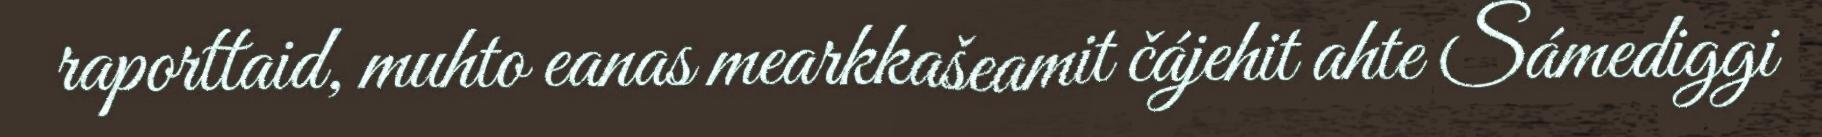
raporttaid, muhto eanas mearkkašeamit čájehit ahte Sámediggi